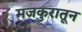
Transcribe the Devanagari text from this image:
मजकुरातून